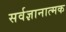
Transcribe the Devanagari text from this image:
सर्वज्ञानात्मक